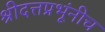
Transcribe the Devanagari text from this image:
श्रीदत्तप्रभूंनीच